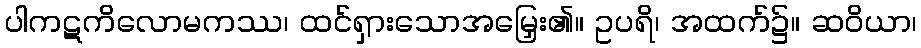
ပါကဋကိလောမကဿ၊ ထင်ရှားသောအမြှေး၏။ ဥပရိ၊ အထက်၌။ ဆဝိယာ၊